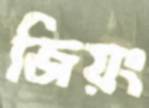
জিয়ং